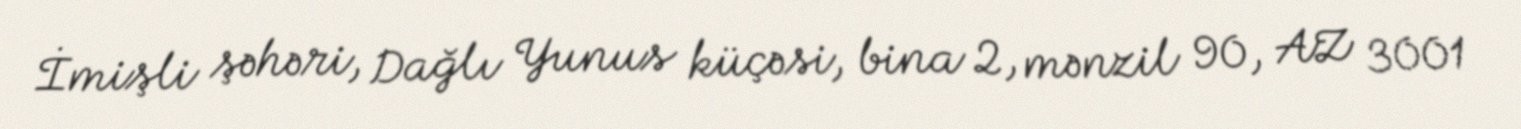
İmişli şəhəri, Dağlı Yunus küçəsi, bina 2, mənzil 90, AZ 3001